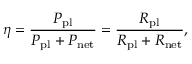
\eta = \frac { P _ { \mathrm { p l } } } { P _ { \mathrm { p l } } + P _ { \mathrm { n e t } } } = \frac { R _ { \mathrm { p l } } } { R _ { \mathrm { p l } } + R _ { \mathrm { n e t } } } ,